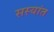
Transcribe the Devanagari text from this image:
सस्यांत